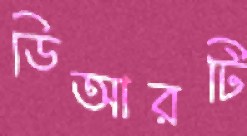
ডিআরটি